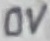
Text: 0V